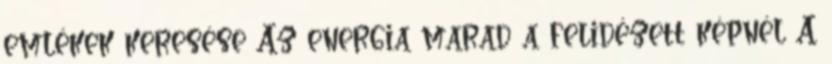
emlékek keresése Az energia marad a felidézett képnél A